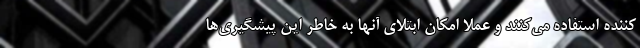
کننده استفاده می‌کنند و عملا امکان ابتلای آنها به خاطر این پیشگیری‌ها